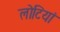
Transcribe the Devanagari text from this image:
लोटियां